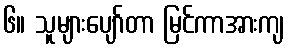
၆။ သူများပျော်တာ မြင်ကာအားကျ